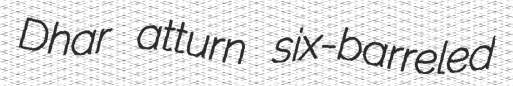
Dhar atturn six-barreled